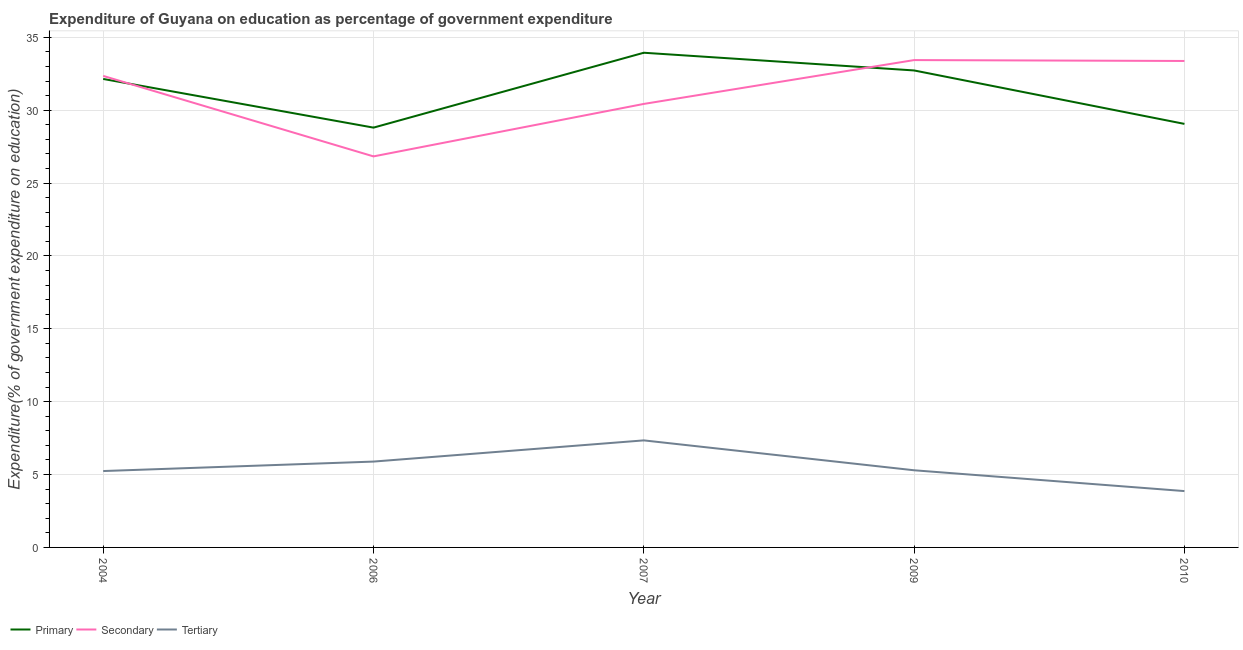
| Year | Primary | Secondary | Tertiary |
 | --- | --- | --- | --- |
 | 2004 | 32.1 | 32.4 | 5.24 |
 | 2006 | 28.8 | 26.8 | 5.89 |
 | 2007 | 33.9 | 30.4 | 7.34 |
 | 2009 | 32.7 | 33.4 | 5.29 |
 | 2010 | 29.1 | 33.4 | 3.87 |